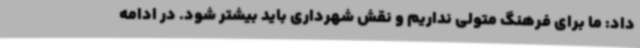
داد: ما برای فرهنگ متولی نداریم و نقش شهرداری باید بیشتر شود. در ادامه